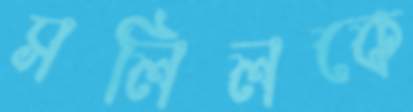
সলিলকে